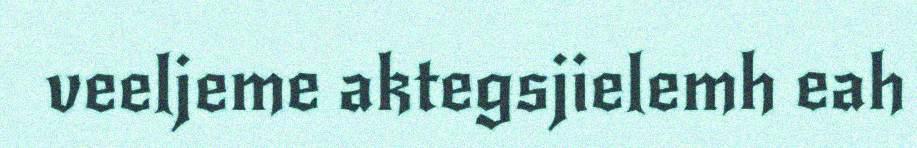
veeljeme aktegsjielemh eah